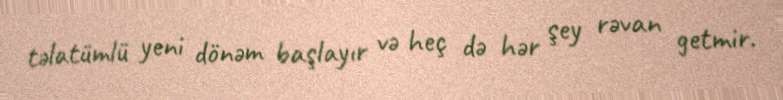
təlatümlü yeni dönəm başlayır və heç də hər şey rəvan getmir.